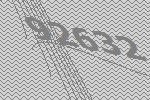
92632